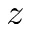
z